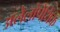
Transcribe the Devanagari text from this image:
अलेलोपेथिक